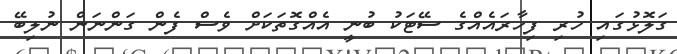
ގަލޮޅުގައި ހުރި ފިހާރައެއްގެ ސޭޓަކު ބުނީ އެއްގޮތަކަށް ވެސް ފެން ގަންނަން ނުލިބޭ